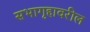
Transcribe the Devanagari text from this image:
सभागृहावरील